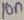
Text: 10n